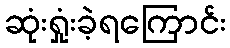
ဆုံးရှုံးခဲ့ရကြောင်း